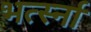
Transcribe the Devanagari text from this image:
भर्त्स्ना